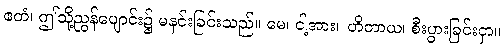
ဧတံ၊ ဤသို့ညွန်ပျောင်း၌ မနင်းခြင်းသည်။ မေ၊ ငါ့အား။ ဟိတာယ၊ စီးပွားခြင်းငှာ။